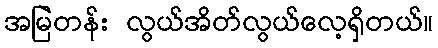
အမြဲတန်း လွယ်အိတ်လွယ်လေ့ရှိတယ်။